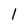
Character: I